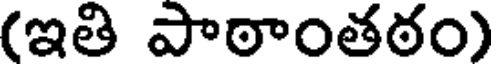
(ఇతి పాఠాంతఠం)